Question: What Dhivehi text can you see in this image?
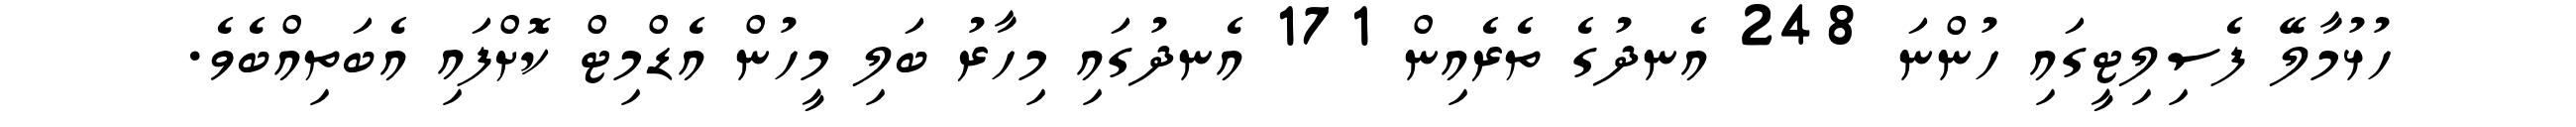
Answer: ހުޅުމާލޭ ފެސިލިޓީގައި ހުންނަ 248 އެނދުގެ ތެރެއިން 171 އެނދުގައި މިހާރު ބަލި މީހުން އެޑްމިޓް ކޮށްފައި އެބަތިއްބެވެ.